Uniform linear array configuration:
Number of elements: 8
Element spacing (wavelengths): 0.25
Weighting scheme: hann
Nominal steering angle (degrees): -45
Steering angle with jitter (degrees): -45.983
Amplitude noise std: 0.05
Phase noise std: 0.05

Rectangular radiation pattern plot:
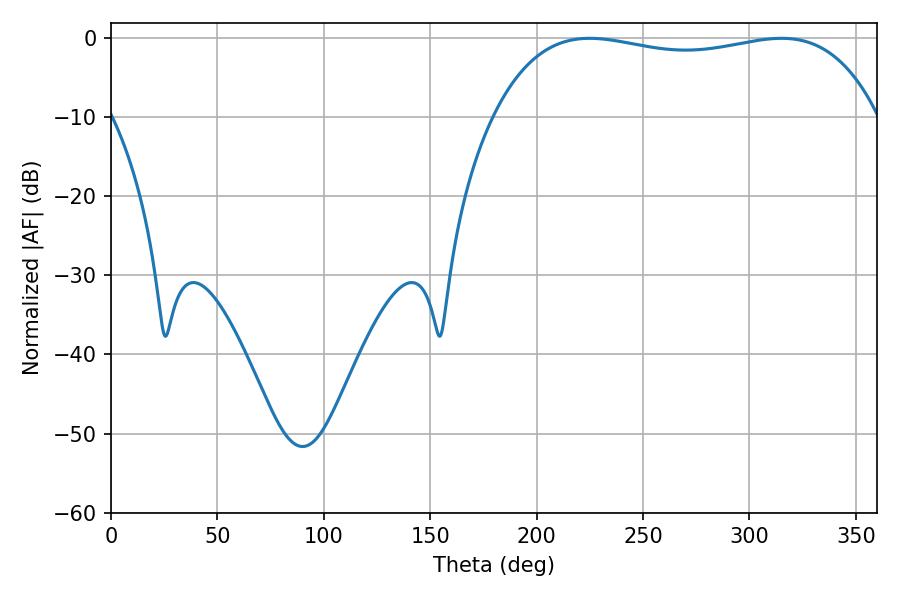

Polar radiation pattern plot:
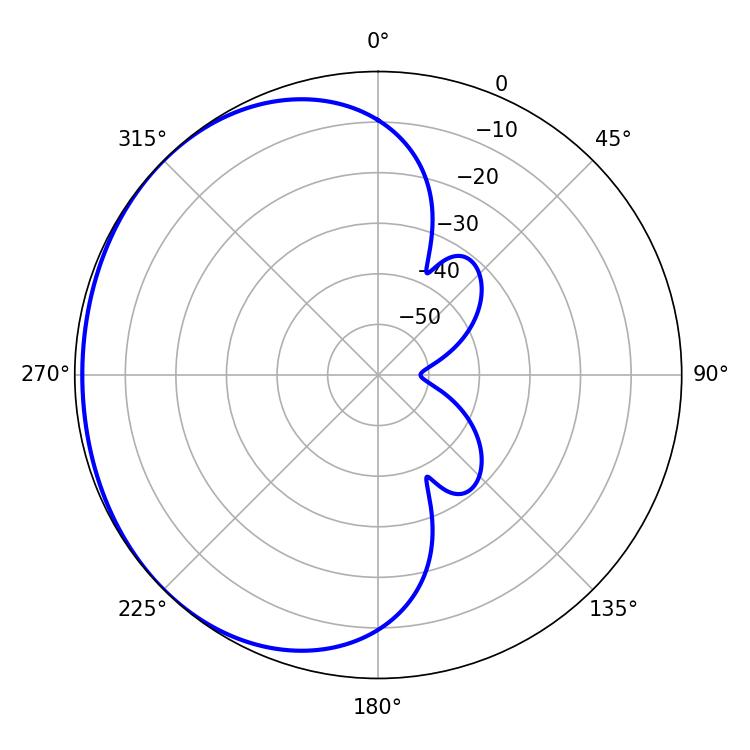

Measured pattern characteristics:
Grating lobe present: FALSE
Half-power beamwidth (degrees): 145.8
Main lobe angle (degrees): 225